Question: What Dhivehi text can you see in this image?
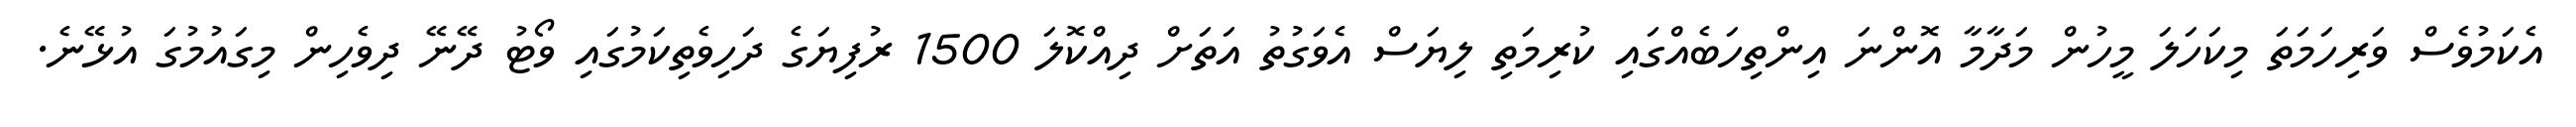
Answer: އެކަމުވެސް ވަރިހަމަތަ މިކަހަލަ މީހުން މަދާމާ އޮންނަ އިންތިހަބެއްގައި ކުރިމަތި ލިޔަސް އެވަގުތު އަތަށް ދިއްކޮލަ 1500 ރުފިޔަގެ ދަހިވެތިކަމުގައި ވޯޓު ދޭނޭ ދިވެހިން މިގައުމުގަ އުޅޭނެ.